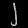
Digit: ၂